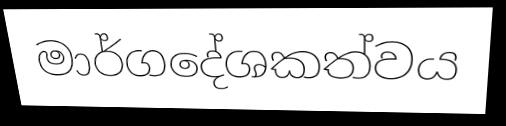
මාර්ගදේශකත්වය